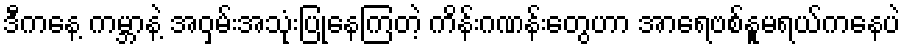
ဒီကနေ့ ကမ္ဘာနဲ့ အဝှမ်းအသုံးပြုနေကြတဲ့ ကိန်းဂဏန်းတွေဟာ အာရေဗစ်နူမရယ်ကနေပဲ